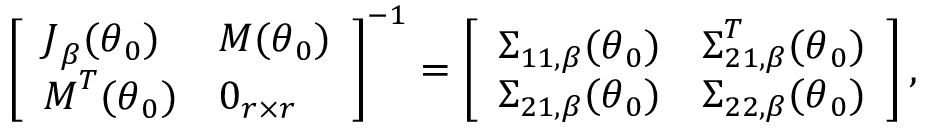
\left[ \begin{array} { l l } { \boldsymbol { J } _ { \beta } ( \boldsymbol { \theta } _ { 0 } ) } & { \boldsymbol { M } ( \boldsymbol { \theta } _ { 0 } ) } \\ { \boldsymbol { M } ^ { T } ( \boldsymbol { \theta } _ { 0 } ) } & { \boldsymbol { 0 } _ { r \times r } } \end{array} \right] ^ { - 1 } = \left[ \begin{array} { l l } { \boldsymbol { \Sigma } _ { 1 1 , \beta } ( \boldsymbol { \theta } _ { 0 } ) } & { \boldsymbol { \Sigma } _ { 2 1 , \beta } ^ { T } ( \boldsymbol { \theta } _ { 0 } ) } \\ { \boldsymbol { \Sigma } _ { 2 1 , \beta } ( \boldsymbol { \theta } _ { 0 } ) } & { \boldsymbol { \Sigma } _ { 2 2 , \beta } ( \boldsymbol { \theta } _ { 0 } ) } \end{array} \right] ,